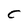
Character: c